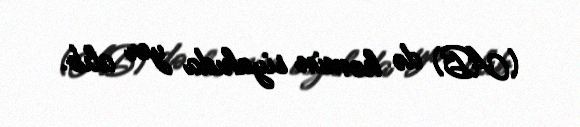
(AB) də həmin siyahıda yer alıb.